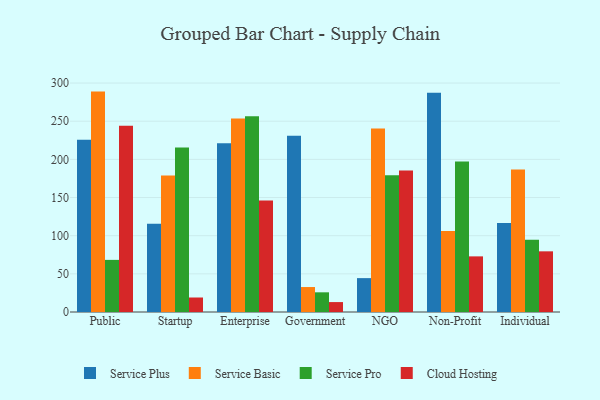
{"axis": {"x": "Segment", "y": "Bounce Rate (%)"}, "legend": ["Cloud Hosting", "Service Basic", "Service Plus", "Service Pro"], "data": [{"x": "Public", "y": 225.6, "type": "Service Plus"}, {"x": "Public", "y": 288.8, "type": "Service Basic"}, {"x": "Public", "y": 68.3, "type": "Service Pro"}, {"x": "Public", "y": 243.9, "type": "Cloud Hosting"}, {"x": "Startup", "y": 115.6, "type": "Service Plus"}, {"x": "Startup", "y": 178.9, "type": "Service Basic"}, {"x": "Startup", "y": 215.5, "type": "Service Pro"}, {"x": "Startup", "y": 19.0, "type": "Cloud Hosting"}, {"x": "Enterprise", "y": 221.2, "type": "Service Plus"}, {"x": "Enterprise", "y": 253.7, "type": "Service Basic"}, {"x": "Enterprise", "y": 256.4, "type": "Service Pro"}, {"x": "Enterprise", "y": 146.1, "type": "Cloud Hosting"}, {"x": "Government", "y": 230.8, "type": "Service Plus"}, {"x": "Government", "y": 32.7, "type": "Service Basic"}, {"x": "Government", "y": 25.8, "type": "Service Pro"}, {"x": "Government", "y": 13.0, "type": "Cloud Hosting"}, {"x": "NGO", "y": 44.4, "type": "Service Plus"}, {"x": "NGO", "y": 240.5, "type": "Service Basic"}, {"x": "NGO", "y": 179.3, "type": "Service Pro"}, {"x": "NGO", "y": 185.3, "type": "Cloud Hosting"}, {"x": "Non-Profit", "y": 287.3, "type": "Service Plus"}, {"x": "Non-Profit", "y": 106.2, "type": "Service Basic"}, {"x": "Non-Profit", "y": 197.2, "type": "Service Pro"}, {"x": "Non-Profit", "y": 72.9, "type": "Cloud Hosting"}, {"x": "Individual", "y": 116.6, "type": "Service Plus"}, {"x": "Individual", "y": 186.7, "type": "Service Basic"}, {"x": "Individual", "y": 94.7, "type": "Service Pro"}, {"x": "Individual", "y": 79.5, "type": "Cloud Hosting"}]}